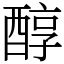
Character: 醇